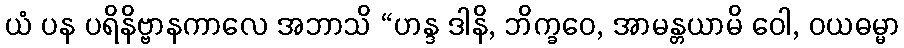
ယံ ပန ပရိနိဗ္ဗာနကာလေ အဘာသိ “ဟန္ဒ ဒါနိ, ဘိက္ခဝေ, အာမန္တယာမိ ဝေါ, ဝယဓမ္မာ